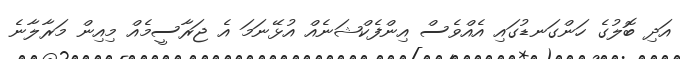
އަދި ބޮލުގެ ހަންގަނޑުގައި އެއްވެސް އިންފެކްޝަނެއް އުޅޭނަމަ އެ ޖަރާސީމެއް މިއިން މަރާލާނެ